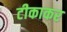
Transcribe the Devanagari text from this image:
टीकाकर